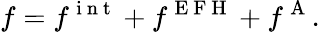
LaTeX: f=f^{\mathrm{~i~n~t~}}+f^{\mathrm{~E~F~H~}}+f^{\mathrm{~A~}}.